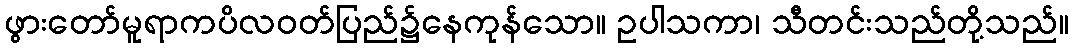
ဖွားတော်မူရာကပိလဝတ်ပြည်၌နေကုန်သော။ ဥပါသကာ၊ သီတင်းသည်တို့သည်။